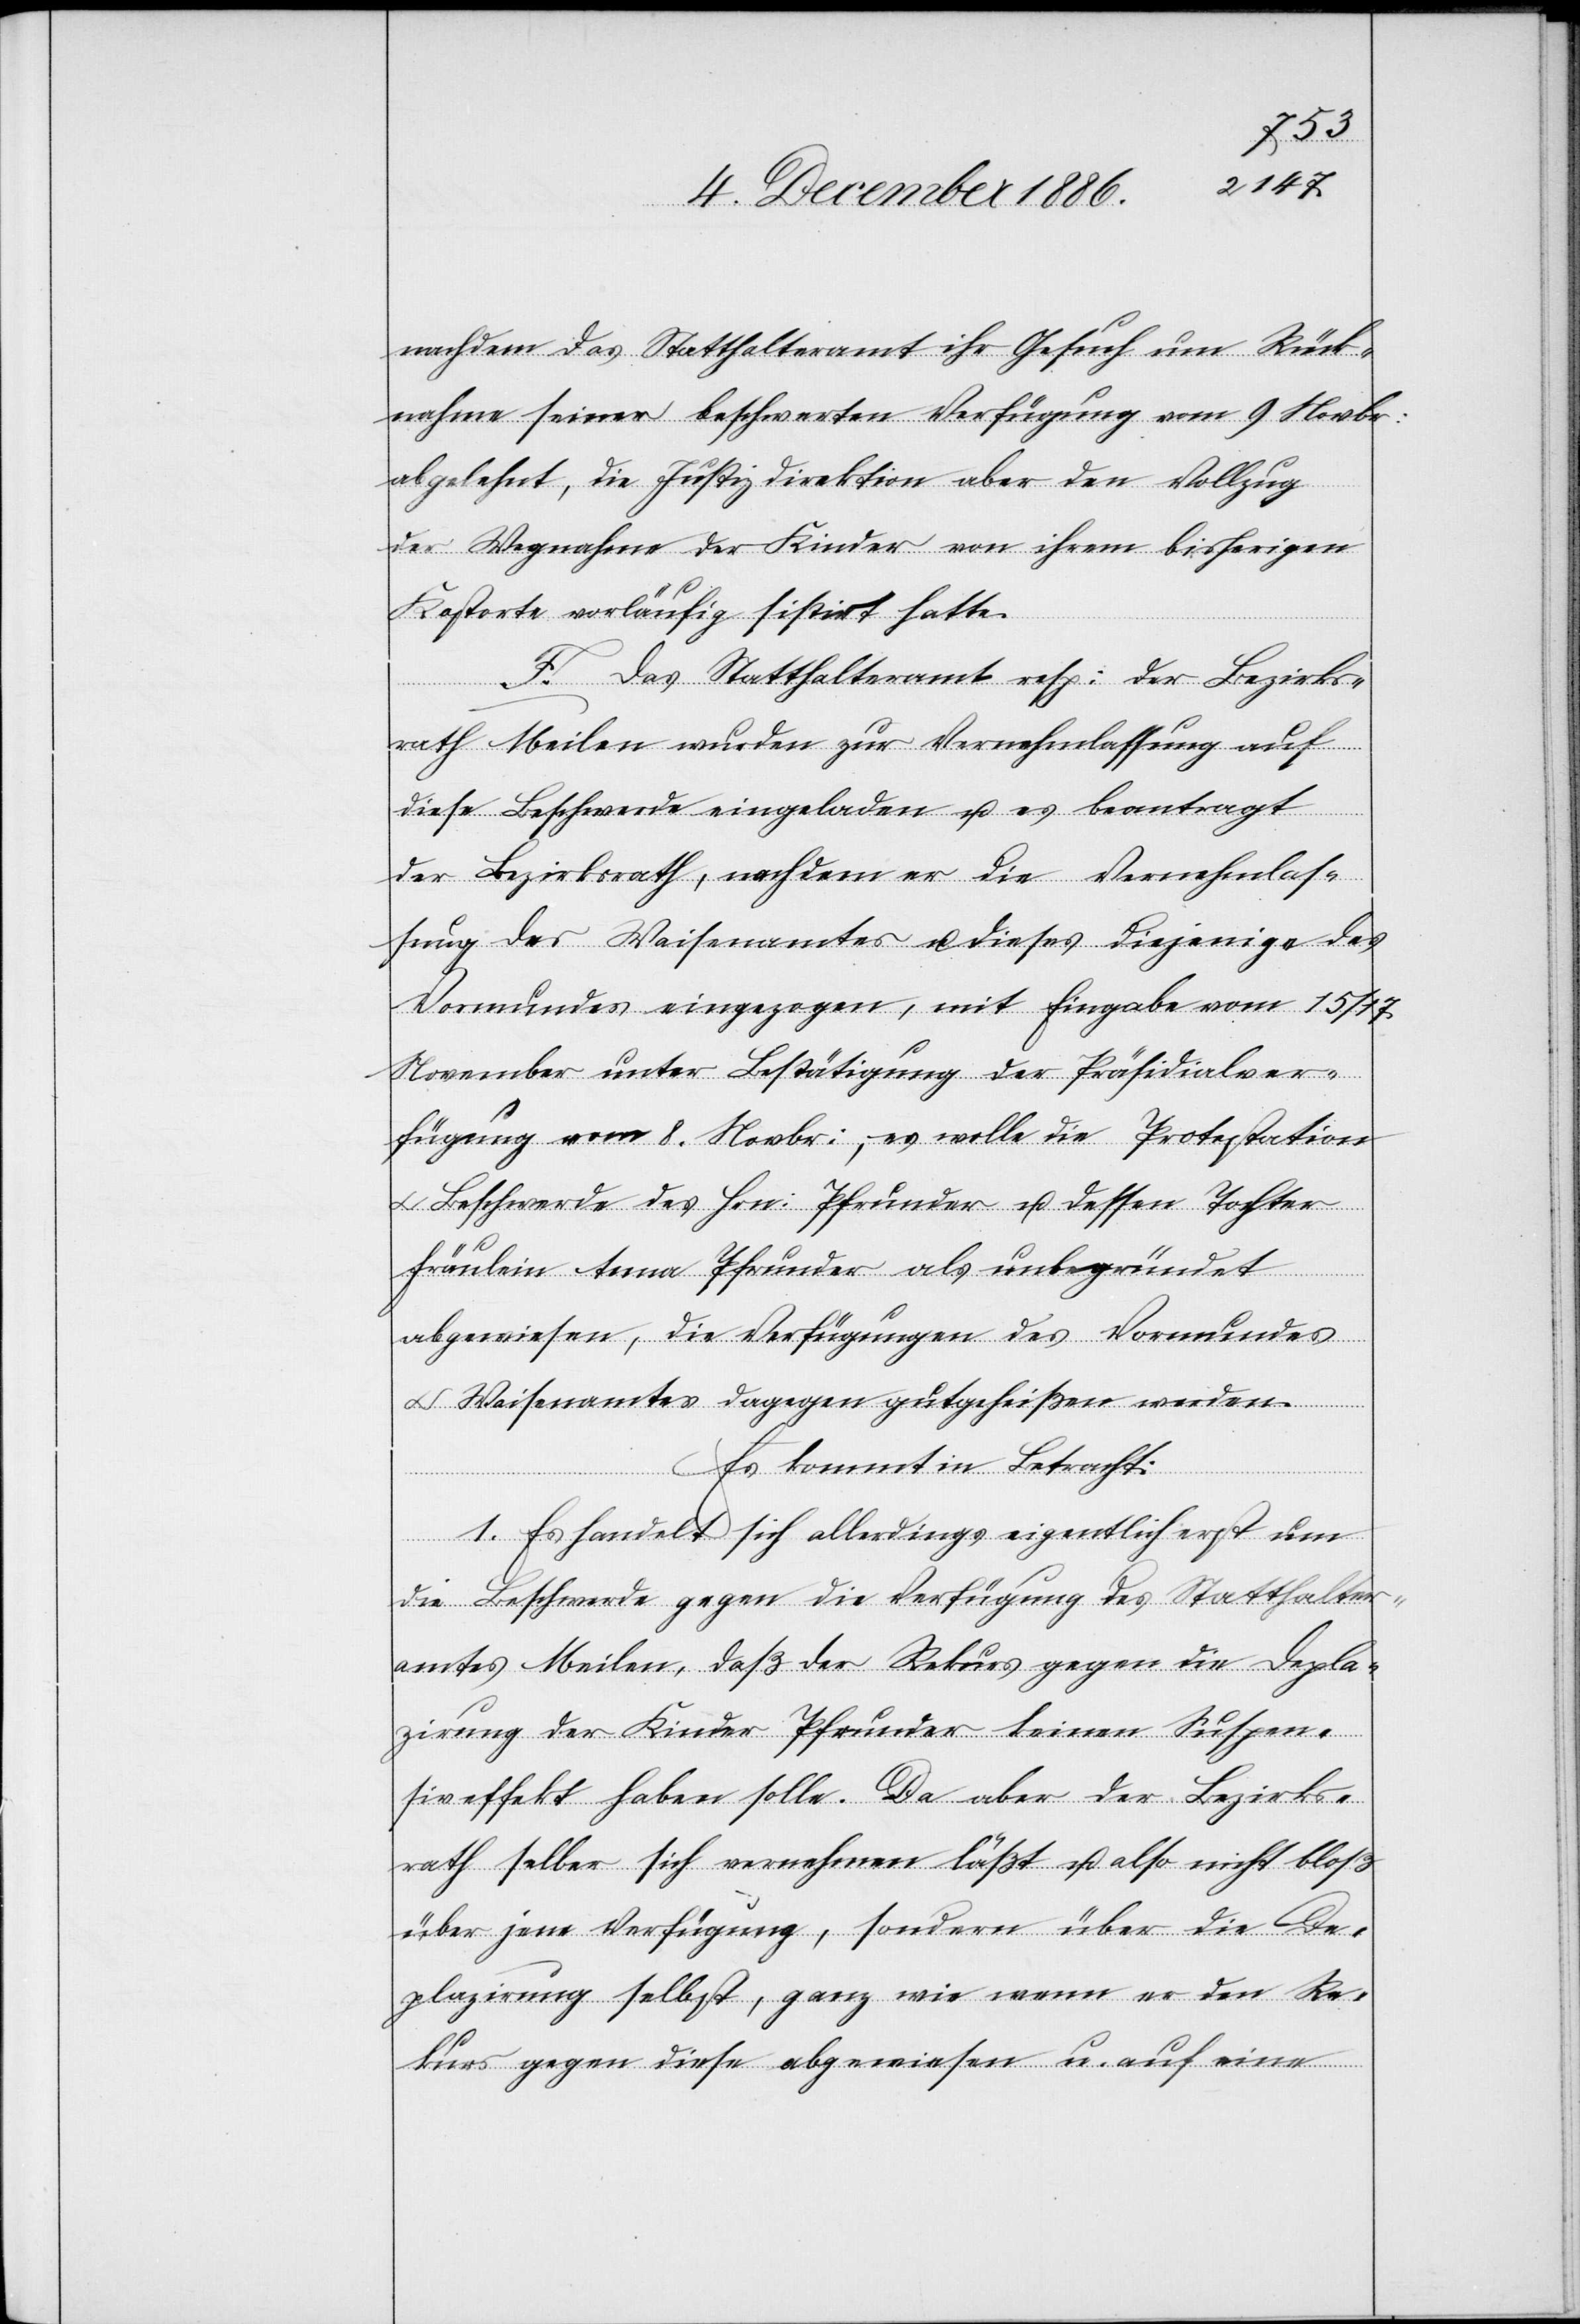
nachdem das Statthalteramt ihr Gesuch um Rück¬
nahme seiner beschwerten Verfügung vom 9. Novbr.
abgelehnt, die Justizdirektion aber den Vollzug
der Wegnahme der Kinder von ihrem bisherigen
Kostorte vorläufig sistirt hatte.
F. Das Statthalteramt resp. der Bezirks¬
rath Meilen wurden zur Vernehmlassung auf
diese Beschwerde eingeladen u. es beantragt
der Bezirksrath, nachdem er die Vernehmlas¬
sung des Waisenamtes u. dieses diejenige des
Vormundes eingezogen, mit Eingabe vom 15./17.
November unter Bestätigung der Präsidialver¬
fügung vom 8. Novbr., es wolle die Protestation
Beschwerde des Hrn. Pfrunder u. dessen Tochter
Fräulein Anna Pfrunder als unbegründet
abgewiesen, die Verfügungen des Vormundes
& Waisenamtes dagegen gutgeheißen werden.
Es kommt in Betracht:
1. Es handelt sich allerdings eigentlich erst um
die Beschwerde gegen die Verfügung des Statthalter¬
amtes Meilen, daß der Rekurs gegen die Depla¬
zirung der Kinder Pfrunder keinen Suspen¬
siveffekt haben solle. Da aber der Bezirks¬
rath selber sich vernehmen läßt u. also nicht bloß
über jene Verfügung, sondern über die De¬
plazirung selbst, ganz wie wenn er den Re¬
kurs gegen diese abgewiesen u. auf eine